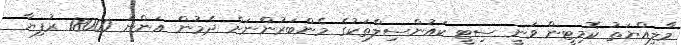
މާލިއްޔަތު ކޮމިޓީން ވަނީ ސިޓީ ކައުންސިލްތަކުގެ މެންބަރުންނަށް ދެމުން އަންނަ 18000 ރުފިޔާ